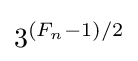
3^{(F_{n}-1)/2}